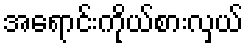
အရောင်းကိုယ်စားလှယ်